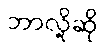
ဘာလို့ဆို